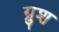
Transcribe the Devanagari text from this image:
ग्रुश